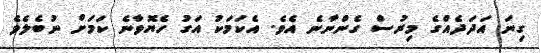
ގިނަ އަދަދެއްގެ މިރުސް ގެންނާނެ އެވެ. އެކަމަކު އަގު ހެޔޮވާނެ ކަމަށް ނުބެލެވެ